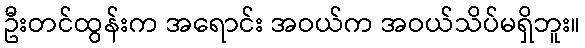
ဦးတင်ထွန်းက အရောင်း အဝယ်က အဝယ်သိပ်မရှိဘူး။